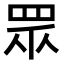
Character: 眾